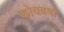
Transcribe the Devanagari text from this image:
कोचवषा